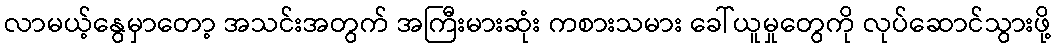
လာမယ့်နွေမှာတော့ အသင်းအတွက် အကြီးမားဆုံး ကစားသမား ခေါ်ယူမှုတွေကို လုပ်ဆောင်သွားဖို့